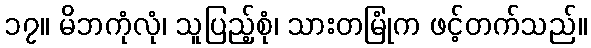
၁၇။ မိဘကုံလုံ၊ သူပြည့်စုံ၊ သားတမြုံက ဖင့်တက်သည်။